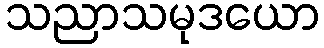
သညာသမုဒယော